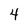
Character: 4